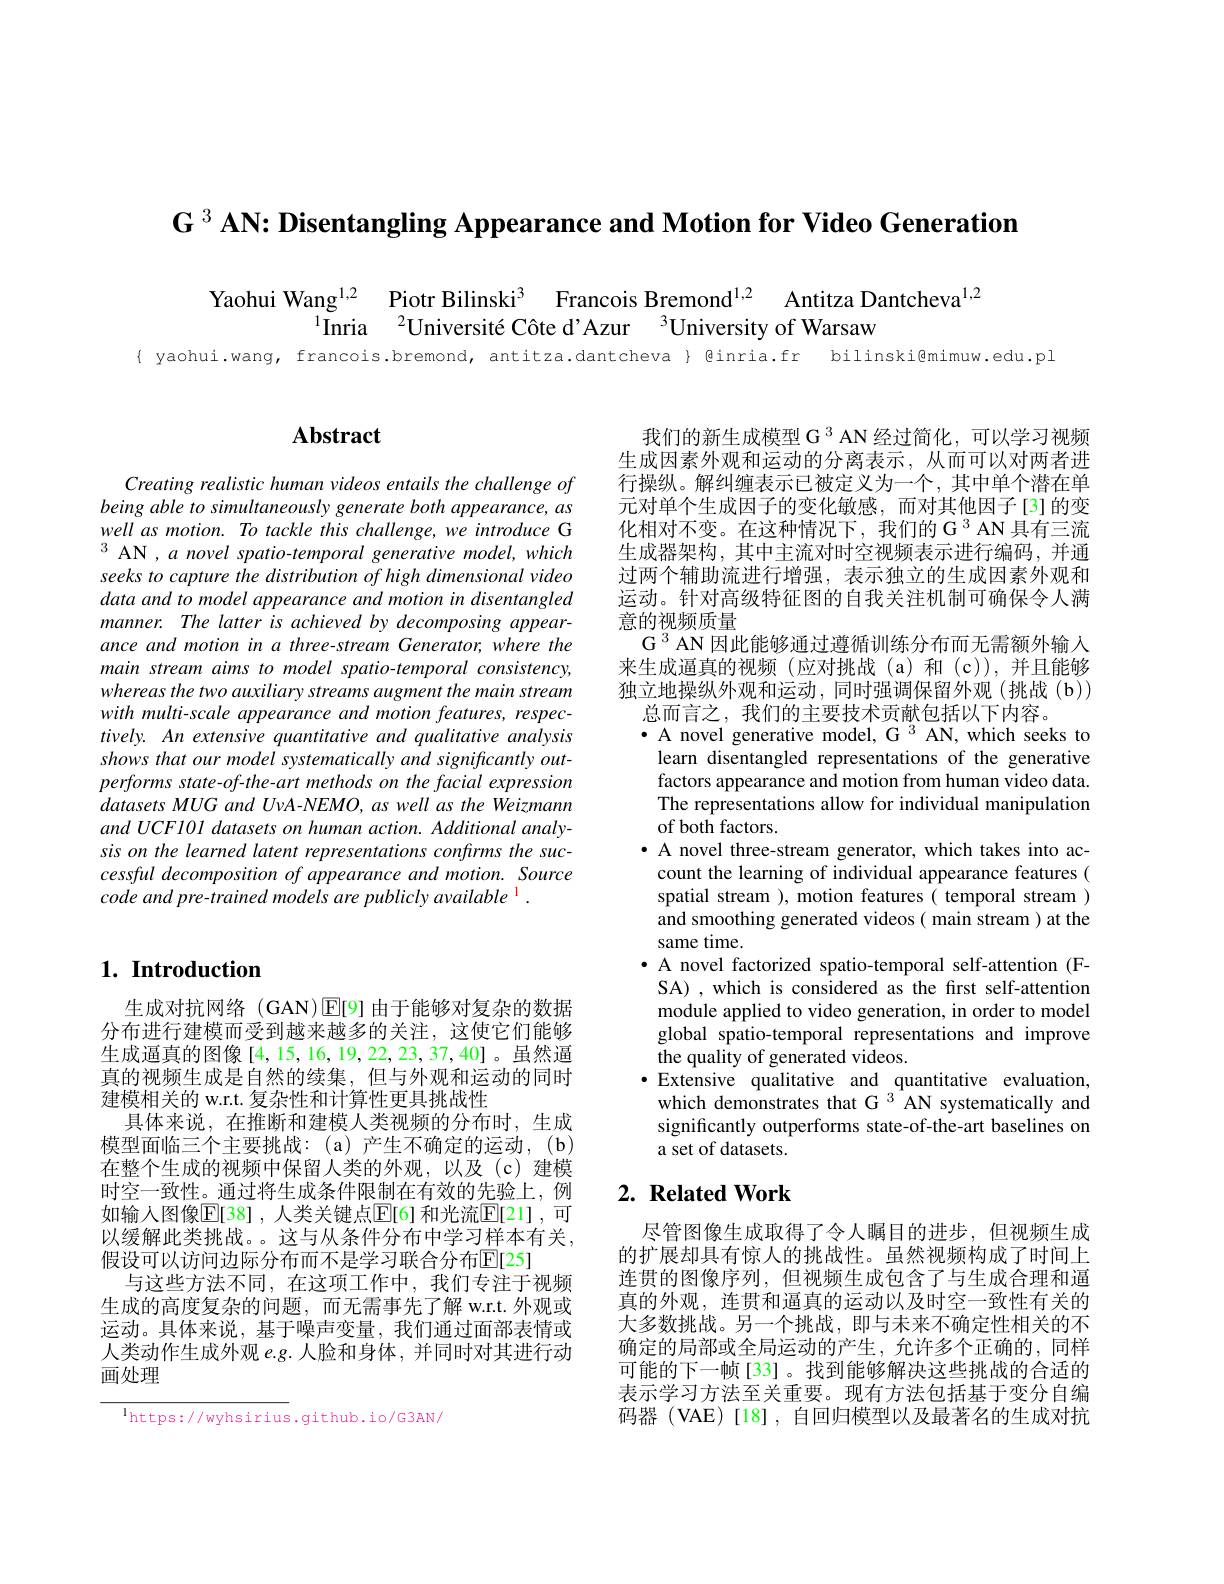
$\mathbf{G}^3$ AN: Disentangling Appearance and Motion for Video Generation

Yaohui Wang$^{1,2}$ Piotr Bilinski$^{3}$ Francois Bremond$^{1,2}$ Antitza Dantcheva$^{1,2}$IInria $^{2}$Université Côte d'Azur $^{3}$University of Warsaw vaohui.wanq, francois.bremond, antitza.dantcheva $\}$ binria.fr bilinski@mimuw.edu.pl

## $\mathbf{Abstract}$

Creating realistic human videos entails the challenge of being able to simultaneously generate both appearance, as well as motion. To tackle this challenge, we introduce G $^{3}$ AN , a novel spatio-temporal generative model, which seeks to capture the distribution of high dimensional video data and to model appearance and motion in disentangled manner. The latter is achieved by decomposing appearance and motion in a three-stream Generator, where the main stream aims to model spatio-temporal consistency, whereas the two auxiliary streams augment the main stream with multi-scale appearance and motion features, respectively. An extensive quantitative and qualitative analysis shows that our model systematically and significantly outperforms state-of-the-art methods on the facial expression datasets MUG and UvA-NEMO, as well as the Weizmann and UCF101 datasets on human action. Additional analysis on the learned latent representations confirms the successful decomposition of appearance and motion. Source code and pre-trained models are publicly available 1 .

## $1. \textbf{ Introduction}$

生成对抗网络 (GAN)$\operatorname{E}[9]$由于能够对复杂的数据分布进行建模而受到越来越多的关注，这使它们能够生成逼真的图像[4,15,16,19,22,23,37,40]。虽然逼真的视频生成是自然的续集，但与外观和运动的同时建模相关的 w.r.t. 复杂性和计算性更具挑战性
具体来说，在推断和建模人类视频的分布时，生成模型面临三个主要挑战：(a)产生不确定的运动，(b) 在整个生成的视频中保留人类的外观，以及(c)建模时空一致性。通过将生成条件限制在有效的先验上，例如输入图像$\overline{\mathrm{E}}[38]$ ,人类关键点$\overline{\mathrm{E}}[6]$ 和光流$\underline{\mathrm{E}}[21]$, 可以缓解此类挑战。。这与从条件分布中学习样本有关， 假设可以访问边际分布而不是学习联合分布$\mathbb{E}[25]$
与这些方法不同，在这项工作中，我们专注于视频生成的高度复杂的间题，而无需事先了解 w.r.t.外观或运动。具体来说，基于噪声变量，我们通过面部表情或人类动作生成外观 e.g. 人脸和身体，并同时对其进行动画处理

$^{1}$https://wyhsirius.github.io/G3AN/

我们的新生成模型 G 3 AN 经过简化，可以学习视频生成因素外观和运动的分离表示，从而可以对两者进行操纵。解纠缠表示已被定义为一个，其中单个潜在单元对单个生成因子的变化敏感，而对其他因子[3]的变化相对不变。在这种情况下，我们的 G 3 AN 具有三流生成器架构，其中主流对时空视频表示进行编码，并通过两个辅助流进行增强，表示独立的生成因素外观和运动。针对高级特征图的自我关注机制可确保令人满意的视频质量
G $^{3}$ AN 因此能够通过遵循训练分布而无需额外输入来生成逼真的视频(应对挑战(a)和(c)),并且能够独立地操纵外观和运动，同时强调保留外观(挑战(b))
总而言之，我们的主要技术贡献包括以下内容。
$\bullet$ A novel generative model, G 3 AN, which seeks to
learn disentangled representations of the generative factors appearance and motion from human video data. The representations allow for individual manipulation of both factors.
· A novel three-stream generator, which takes into account the learning of individual appearance features ( spatial stream ), motion features( temporal stream ) and smoothing generated videos ( main stream ) at the same time.
$\bullet$ A novel factorized spatio-temporal self-attention (FSA) , which is considered as the first self-attention module applied to video generation, in order to model global spatio-temporal representations and improve the quality of generated videos.
$\bullet$ Extensive qualitative and quantitative evaluation, which demonstrates that G 3 AN systematically and significantly outperforms state-of-the-art baselines on a set of datasets.

## $2. \textbf{Related Work}$

尽管图像生成取得了令人瞩目的进步，但视频生成的扩展却具有惊人的挑战性。虽然视频构成了时间上连贯的图像序列，但视频生成包含了与生成合理和逼真的外观，连贯和逼真的运动以及时空一致性有关的大多数挑战。另一个挑战，即与未来不确定性相关的不确定的局部或全局运动的产生，允许多个正确的，同样可能的下一帧[33]。找到能够解决这些挑战的合适的表示学习方法至关重要。现有方法包括基于变分自编码器 (VAE)[18],自回归模型以及最著名的生成对抗